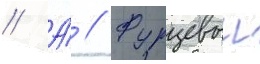
// А́ // Фурцевои